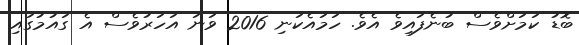
ބޮޑު ކަމަށްވެސް ބުނެފައިވެ އެވެ. ހަމައެކަނި 2016 ވަނަ އަހަރުވެސް އެ ގައުމުގައި